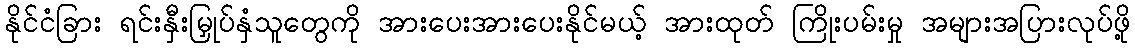
နိုင်ငံခြား ရင်းနှီးမြှုပ်နှံသူတွေကို အားပေးအားပေးနိုင်မယ့် အားထုတ် ကြိုးပမ်းမှု အများအပြားလုပ်ဖို့